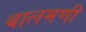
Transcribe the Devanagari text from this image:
बालमणी